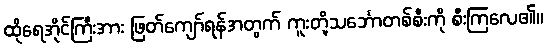
ထိုရေအိုင်ကြီးအား ဖြတ်ကျော်ရန်အတွက် ကူးတို့သင်္ဘောတစ်စီးကို စီးကြလေ၏။